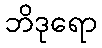
ဘိဒုရော